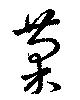
菊